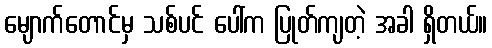
မျောက်တောင်မှ သစ်ပင် ပေါ်က ပြုတ်ကျတဲ့ အခါ ရှိတယ်။